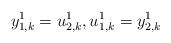
LaTeX: \begin{align*}y_{1,k}^1=u_{2,k}^1,u_{1,k}^1=y_{2,k}^1\end{align*}